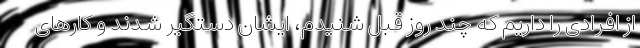
از افرادی را داریم که چند روز قبل شنیدم، ایشان دستگیر شدند و کارهای